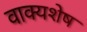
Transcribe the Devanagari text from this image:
वाक्यशेष